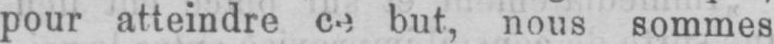
pour atteindre ce but, nous sommes